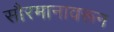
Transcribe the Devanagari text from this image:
सौरमानावरून